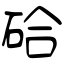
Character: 硆